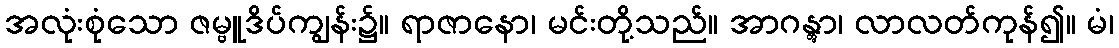
အလုံးစုံသော ဇမ္ဗူဒိပ်ကျွန်း၌။ ရာဇာနော၊ မင်းတို့သည်။ အာဂန္တွာ၊ လာလတ်ကုန်၍။ မံ၊